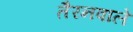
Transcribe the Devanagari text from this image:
तैरनवाले